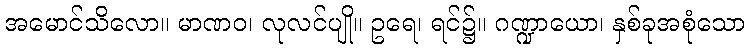
အမောင်သိလော။ မာဏဝ၊ လုလင်ပျို။ ဥရေ၊ ရင်၌။ ဂဏ္ဍာယော၊ နှစ်ခုအစုံသော